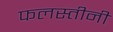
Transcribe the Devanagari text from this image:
फलस्तीनी